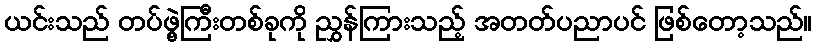
ယင်းသည် တပ်ဖွဲ့ကြီးတစ်ခုကို ညွှန်ကြားသည့် အတတ်ပညာပင် ဖြစ်တော့သည်။